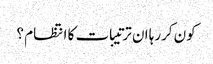
کون کررہا ان ترتیبات کا انتظام ؟